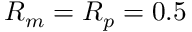
R _ { m } = R _ { p } = 0 . 5